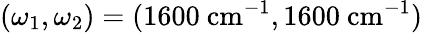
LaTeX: (\omega_{1},\omega_{2})=(1600~\mathrm{cm}^{-1},1600~\mathrm{cm}^{-1})